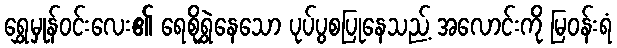
ရွှေမှုန်ဝင်းလေး၏ ရေစိုရွှဲနေသော ပုပ်ပွစပြုနေသည့် အလောင်းကို မြဝန်းရံ